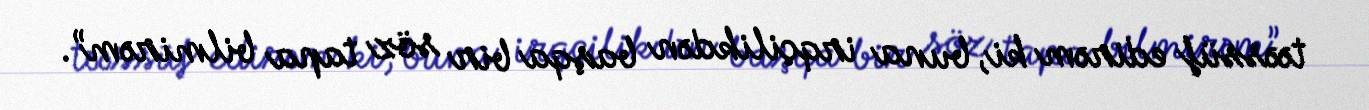
təəssüf edirəm ki, buna irqçilikdən başqa bir söz tapa bilmirəm”.